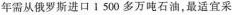
年需从俄罗斯进口1500多万吨石油，最适宜采